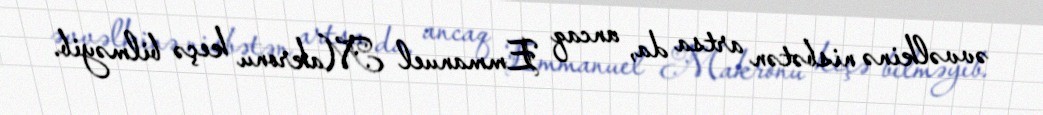
əvvəlkinə nisbətən artsa da, ancaq Emmanuel Makronu keçə bilməyib.